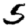
Digit: 5